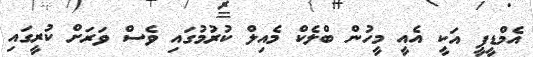
އެމްޑީޕީ އަކީ އެއީ މީހުން ބްލެކް މެއިލް ކުުރުމުގައި ވެސް ވަރަށް ކުރީގައި